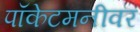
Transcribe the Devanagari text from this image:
पॉकेटमनीवर